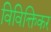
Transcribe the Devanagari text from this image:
विविक्तिकर